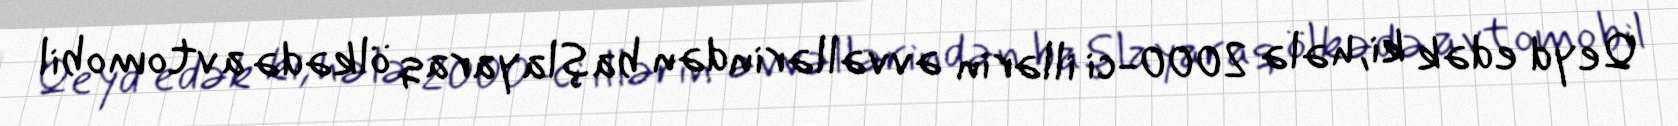
Qeyd edək ki, hələ 2000-ci illərin əvvəllərindən başlayaraq ölkədə avtomobil